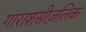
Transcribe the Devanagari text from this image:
गाराशसीज़लिक